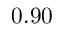
0 . 9 0